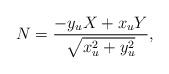
LaTeX: \begin{align*}N=\frac{-y_{u}X+x_{u}Y}{\sqrt{x_{u}^{2}+y_{u}^{2}}},\end{align*}